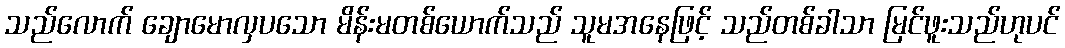
သည်လောက် ချောမောလှပသော မိန်းမတစ်ယောက်သည် သူမအနေဖြင့် သည်တစ်ခါသာ မြင်ဖူးသည်ဟုပင်